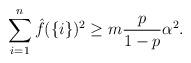
LaTeX: \begin{align*} \sum_{i=1}^n \hat f(\{i\})^2 \geq m \frac{p}{1-p} \alpha^2 . \end{align*}